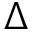
\Delta